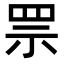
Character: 𦊎